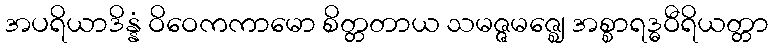
အပရိယာဒိန္နံ ဝိဝေကကာမော စိတ္တတာယ သမဇ္ဇမဇ္ဈေ အစ္စာရဒ္ဓဝီရိယတ္တာ